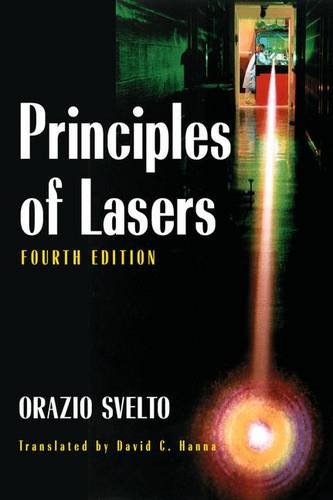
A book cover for Principles of Lasers (Library); Orazio Svelto; Science & Math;